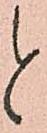
と